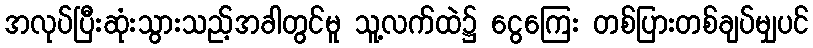
အလုပ်ပြီးဆုံးသွားသည့်အခါတွင်မူ သူ့လက်ထဲ၌ ငွေကြေး တစ်ပြားတစ်ချပ်မျှပင်